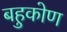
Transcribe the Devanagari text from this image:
बहुकोण